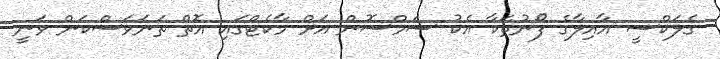
ގެލަކްސީ އާއިލާގެ ފޯނުތަކާ އެކު ސަމްސޮން އަށް މާކެޓްގައި އޮތް ތަނަވަސްކަން ވަނީ